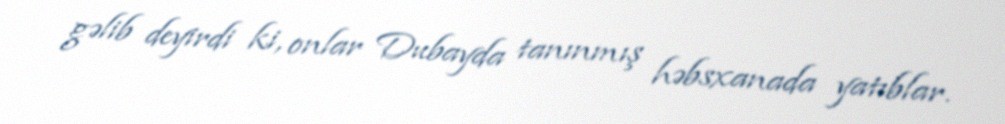
gəlib deyirdi ki, onlar Dubayda tanınmış həbsxanada yatıblar.